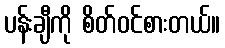
ပန်းချီကို စိတ်ဝင်စားတယ်။